Karksi_vallavalitsus, lk 84
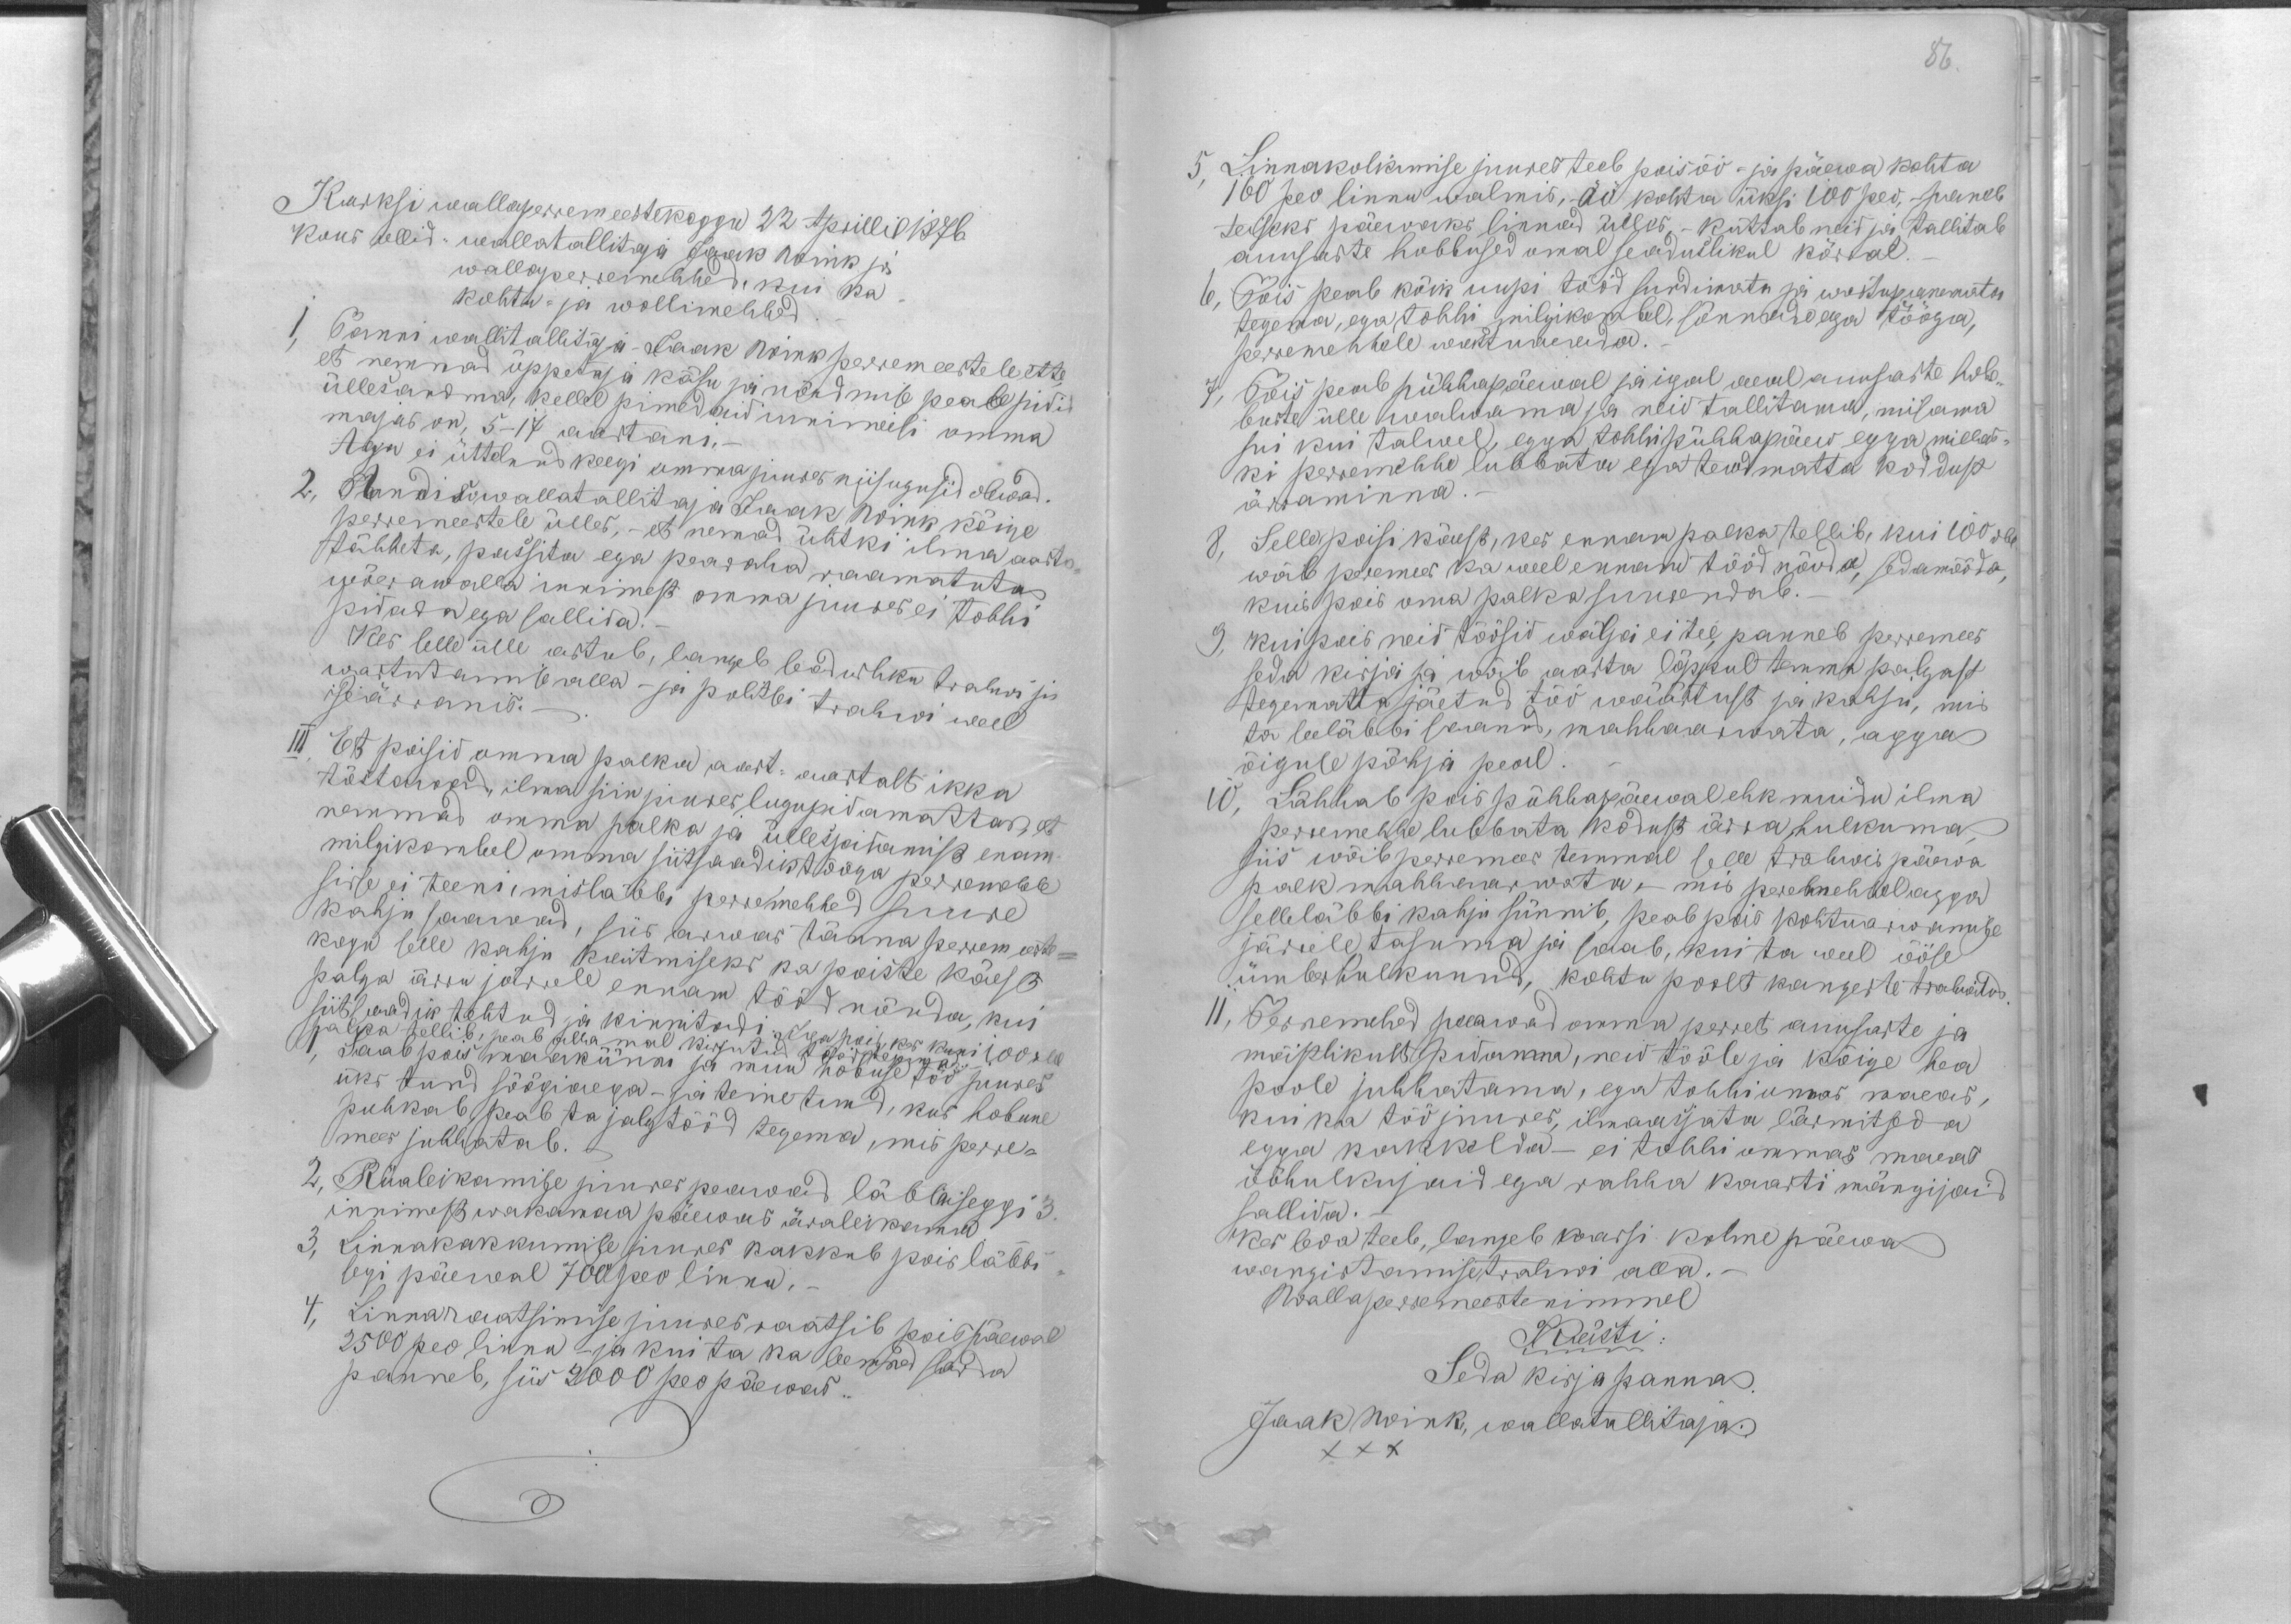
Karksi wallaperremeestekogu 22 Aprillil 1876
Kous ollid: wallatallitaja Jaak Wink ja
wallaperremehhed, kui ka
kohtu- ja wollimehhed.
1, Panni wallitallitaja - Jaak Wink perremeestele ette,
et nemmad õppetaja käsu ja nõudmise peale pidid
üllesandma, kellel pimedaid innimeisi omma
majas on, 5-17 aastani.-
Aga ei üttelnud keegi omma juures niisugusid olewad.
2, Andis wallatallitaja Jaak Wink kõige
perremeestele ülles, - et nemad ühtki ilma aasta-
tähheta, passita ega pearaha raamatuta
wõerawalla innimest omma juures ei tohhi
pidadada ega sallida.
Kes selle ülle astub, langeb seadusliku trahwi ja
wastutamise alla - ja politsei trahwi weel
iseärranis.
III Et poisid omma palka aast-aastalt ikka
tõstawad, ilma siin juures lugupidamatta, et
nemmad omma palka ja üllespidamist enam
milgikombel omma siitsaadik tööga perremehele
sisse ei teeni, misläbbi perremehhed suure
kahju saawad, siis arwas tänna perremeeste-
kogu selle kahju kaitmiseks ka poiste käest
palga ärra järrele ennam tööd nõuda, kui
siitsaadik tehtud ja kinnitadi iga: Iga pois, kes kuni 100 rbl
palka tellib, peab allamal kirjutud tööd tegema.
1, Saab pois maakünni ja muu hobuse töö juures
üks tund söögiaega - ja teine tund, kus hobune
puhkab, peab ta jalgtööd tegema, mis perre-
mees juhhatab.
2, Rüaleikamise juures peawad läbbiseggi 3
innimest wakamaa päewas ärraleikama.
3, Linnakakkumise juures kakkub pois läbbi
segi päewal 700 peo linnu.
4, Linnaraatsimise juures raatsib pois päewal
2500 peo linna -ja kui ta ka leemad sarda
panneb, siis 2000 peo päewas.

86.
5. Linnakolkimise juures teeb pois öö - ja päewa kohta
160 peo linnu walmis, öö kohta üksi 100 peo, paneb
teiseks päewaks linnad ülles, - küttab neid ja tallitab
auusaste hobbused omal seaduslikul kõrral.
6, Pois peab kõik uupi tööd sundimata ja wastupanemata
tegema, ega tohhi milgikombel, sõnnade egga tööga,
perremehhele wastuaeada.
7, Pois peab pühhapäewal ja igal aeal auusaste hob-
buste ülle walwama ja neid tallitama, niisama
sui kui talwel, egga tohhi pühhapäew egga millas-
ki perremehhe lubbata ega teadmatta koddust
ärraminna
8, Selle poisi käest, kes ennam palka tellib, kui 100 rbl
wõib peremees ka weel ennam tööd nõuda, sedamööda
kuis pois oma palka suurendab.
9, Kui pois neid töösid wälja ei tee, panneb perremees
seda kirja ja wõib aasta lõppul temma palgast
tegematta jäetud töö wäärtust ja kahju, mis
ta seeläbbi saanud, mahhaarwata, agga
õiguse põhja peal.
10. Lähhab pois pühhapäewal ehk muidu ilma
perremehhe lubbata kodust ärra hulkuma,
siis wõib perremees temmal selle trahwi päewa
palk mahhaarwata,- mis peremehhel agga
selleläbbi kahju sünnib, peab pois kohtuarwamise
järrele tasuma ja saab, kui ta weel ööse
ümberhulkunud, kohtu poolt kangeste trahwitud.
11, Perremehed peawad omma perret auusaste ja
mõistlikult pidama, neid tööle ja kõige hea
poole juhhatama, ega tohhi umas maeas,
kui ka töö juures, ilmaasjata lärmitseda
egga kakkelda - ei tohhi ommas maeas
ööhulkujaid ega rahha kaarti mängijaid
sallida.-
Kes seda teeb, langeb kaarsi kolme päewa
wangistamise trahwi alla.
Wallaperremeeste nimmel
Kästi
Seda kirja panna.
Jaak Wink, wallatallitaja.
XXX